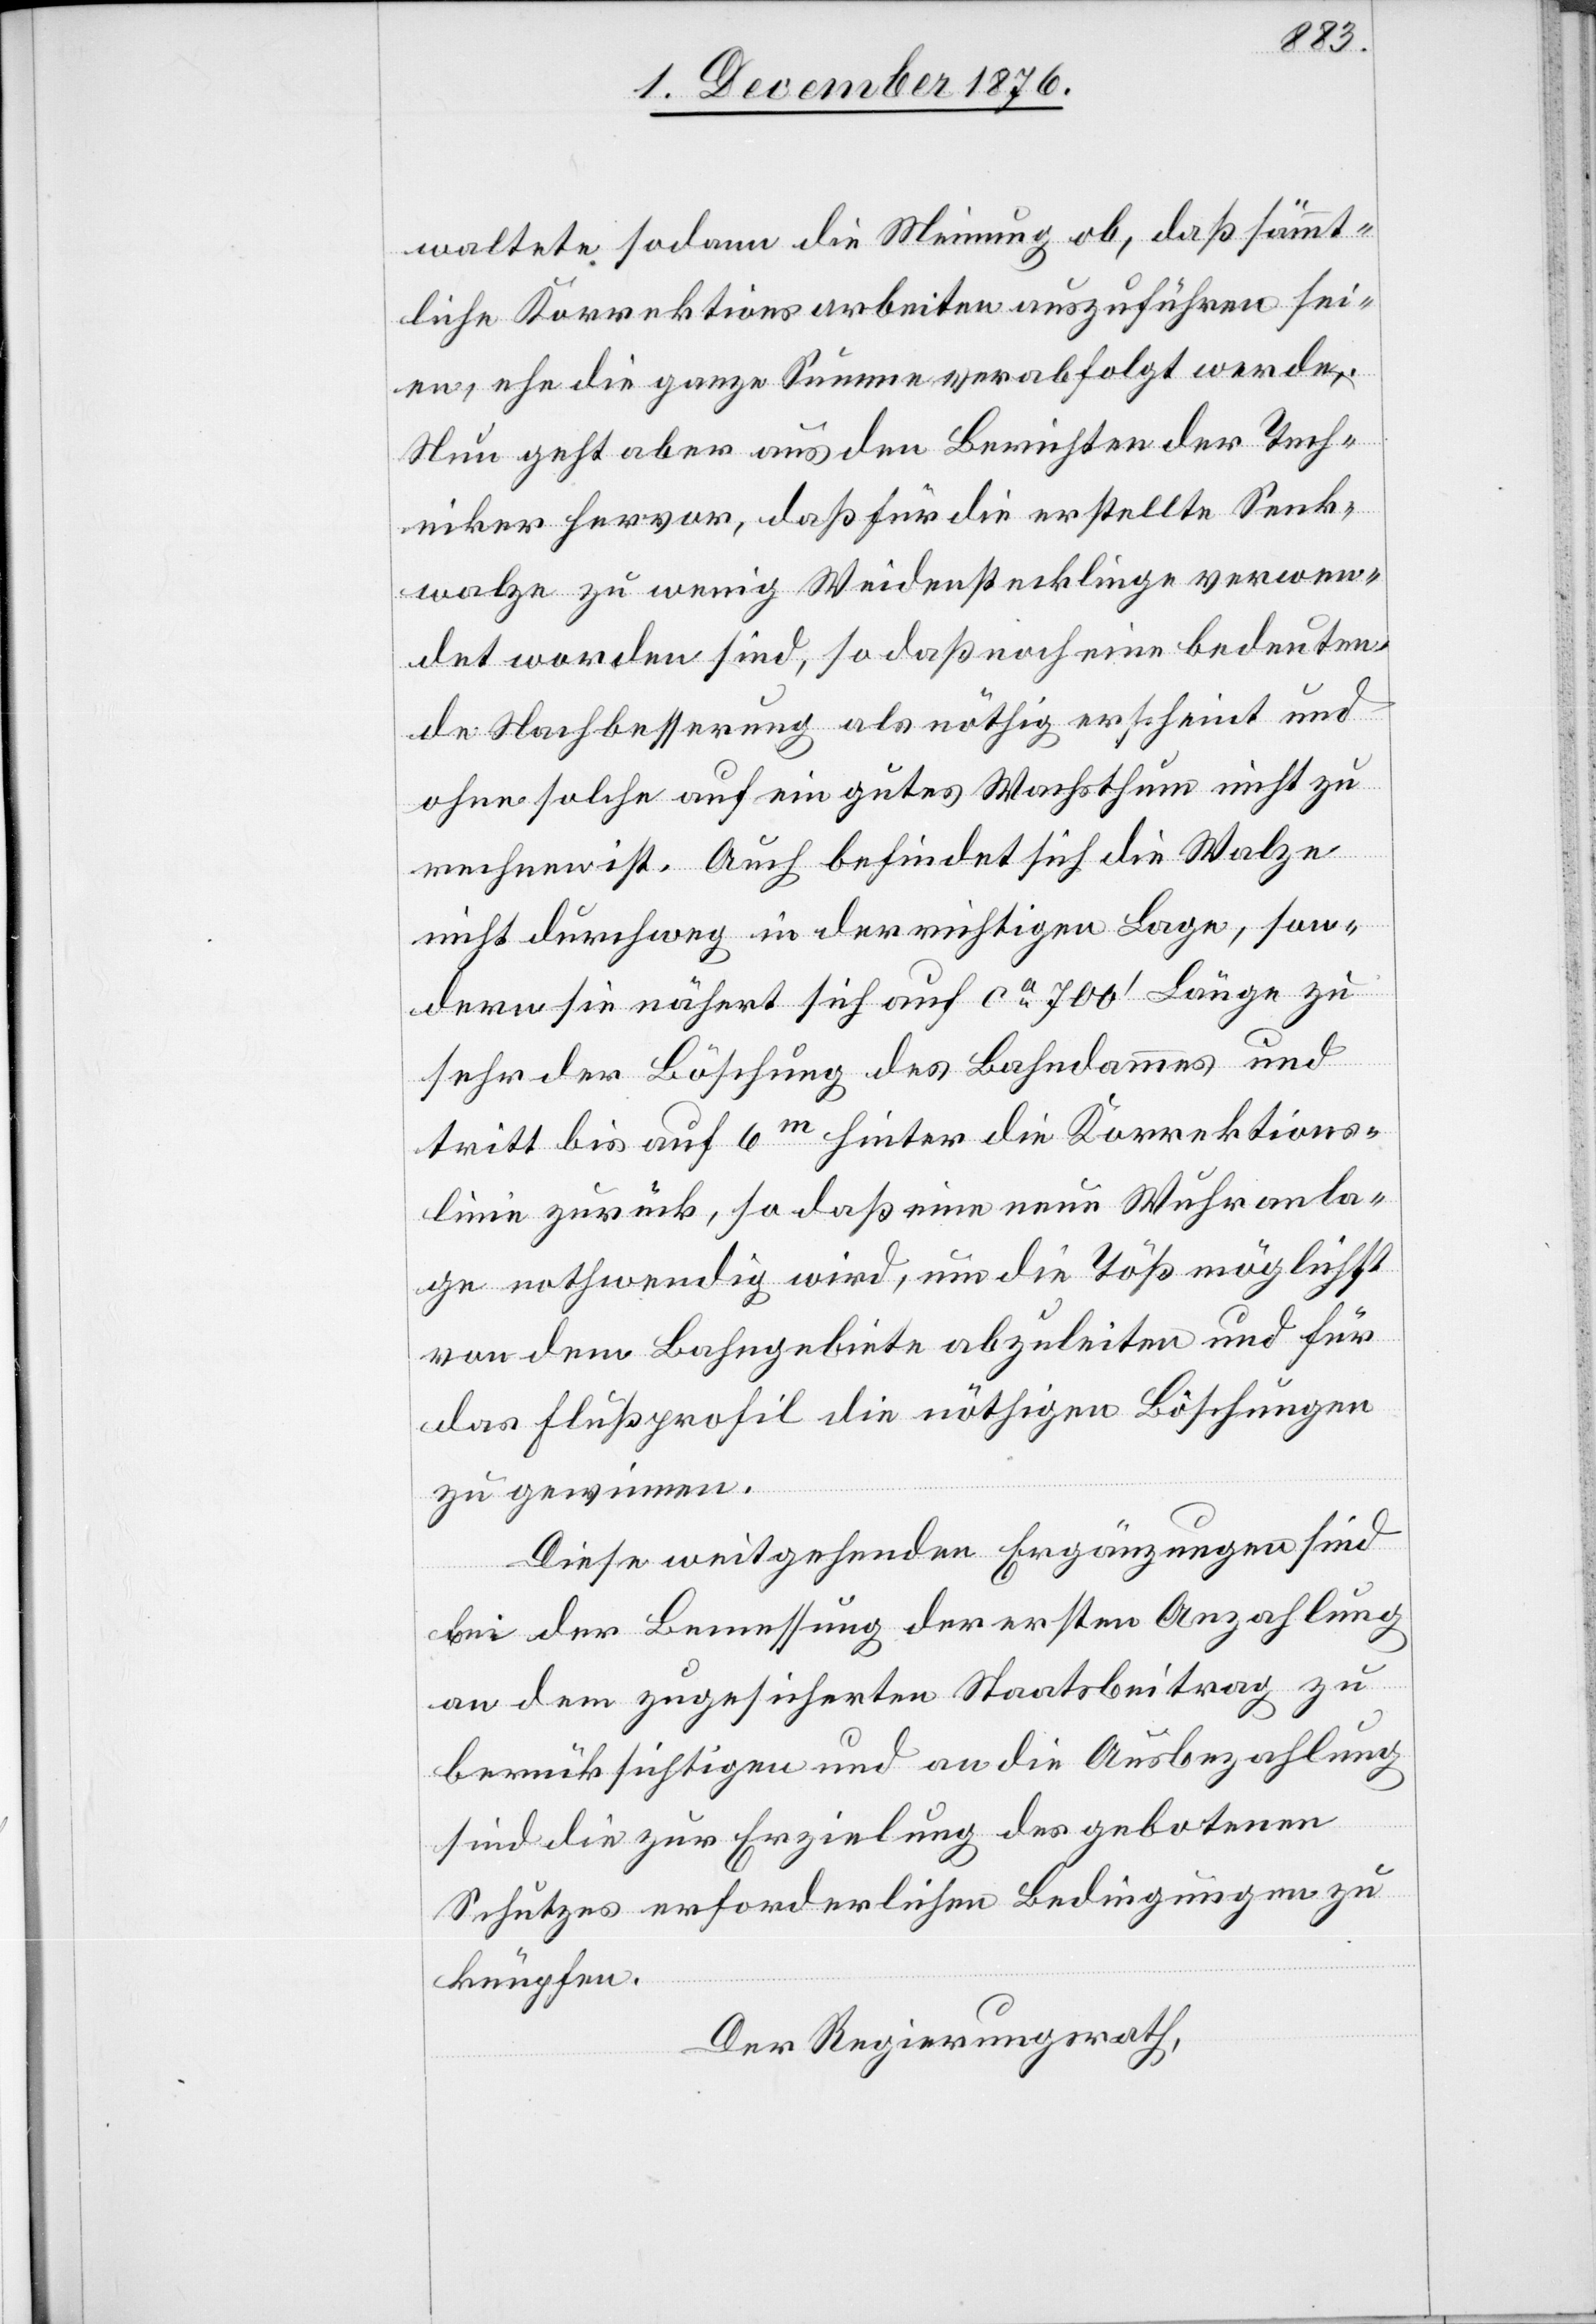
waltete sodann die Meinung ob, daß sämmt¬
liche Korrektionsarbeiten auszuführen sei¬
en, ehe die ganze Summe verabfolgt werde.
Nun geht aber aus den Berichten der Tech¬
niker hervor, daß für die erstellte Senk¬
walze zu wenige Weidenstecklinge verwen¬
det worden sind, so daß noch eine bedeuten¬
de Nachbesserung als nöthig erscheint und
ohne solche auf ein gutes Wachsthum nicht zu
rechnen ist. Auch befindet sich die Walze
nicht durchweg in der richtigen Lage, son¬
dern sie nähert sich auf ca 700‘ Länge zu
sehr der Böschung des Bahndammes und
tritt bis auf 6m hinter die Korrektions¬
linie zurück, so daß eine neue Wuhranla¬
ge nothwendig wird, um die Töß möglichst
von dem Bahngebiete abzuleiten und für
das Flußprofil die nöthigen Böschungen
zu gewinnen.
Diese weitgehenden Ergänzungen sind
bei der Bemessung der ersten Anzahlung
an dem zugesicherten Staatsbeitrag zu
berücksichtigen und an die Ausbezahlung
sind die zur Erzielung des gebotenen
Schutzes erforderlichen Bedingungen zu
knüpfen.
Der Regierungsrath,